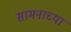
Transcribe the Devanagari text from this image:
सामनाच्या